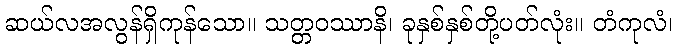
ဆယ်လအလွန်ရှိကုန်သော။ သတ္တဝဿာနိ၊ ခုနှစ်နှစ်တို့ပတ်လုံး။ တံကုလံ၊